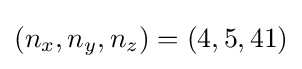
(n_{x},n_{y},n_{z})=(4,5,41)